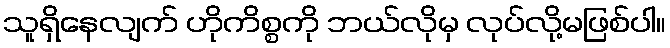
သူရှိနေလျက် ဟိုကိစ္စကို ဘယ်လိုမှ လုပ်လို့မဖြစ်ပါ။